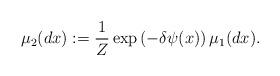
LaTeX: \begin{align*}\mu_2 (dx) : = \frac{1}{Z} \exp \left( - \delta \psi (x) \right) \mu_1 (dx).\end{align*}